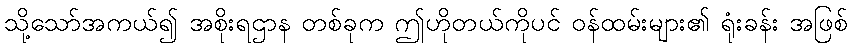
သို့သော်အကယ်၍ အစိုးရဌာန တစ်ခုက ဤဟိုတယ်ကိုပင် ဝန်ထမ်းများ၏ ရုံးခန်း အဖြစ်